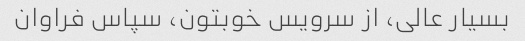
بسیار عالی، از سرویس خوبتون، سپاس فراوان